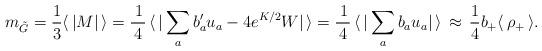
LaTeX: \begin{align*}m_{\tilde G} = {1\over3}\langle\,|M|\,\rangle = \frac{\, 1}{\, 4\,}\,\langle\,|\sum_ab'_au_a - 4e^{K/2}W|\,\rangle= \frac{\, 1}{\, 4\,}\,\langle\,|\sum_ab_au_a|\,\rangle\,\approx\,{1\over 4}b_+\langle\,\rho_{+}\,\rangle.\end{align*}